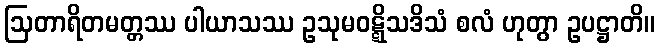
ဩတာရိတမတ္တဿ ပါယာသဿ ဥသုမဝဋ္ဋိသဒိသံ စလံ ဟုတွာ ဥပဋ္ဌာတိ။